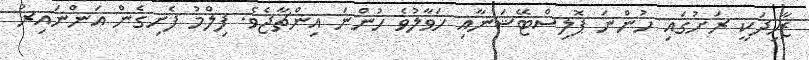
ޒާހިދަކީ ރަށުގައި ހުންނަ ޕޮލިސްޓޭޝަނާއި ހަވާލުވެ ހުންނަ އިންޗާޖެވެ. ފިލްމު ފެށިގެން އަންނައިރު